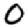
Digit: 0